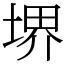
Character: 堺